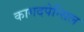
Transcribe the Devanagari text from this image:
कागदपेन्सिल